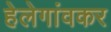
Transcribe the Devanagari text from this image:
हेलेगांवकर